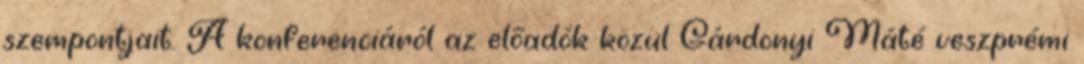
szempontjait. A konferenciáról az előadók közül Gárdonyi Máté veszprémi